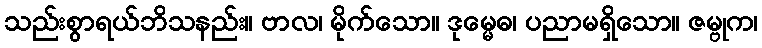
သည်းစွာရယ်ဘိသနည်း။ ဗာလ၊ မိုက်သော။ ဒုမ္မေဓ၊ ပညာမရှိသော။ ဇမ္ဗုက၊